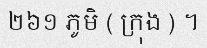
២៦១ ភូមិ ( ក្រុង ) ។